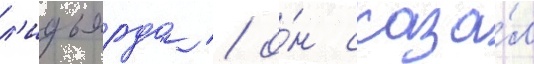
л'идьярда / о́н сказа́л